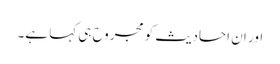
اور ان احادیث کو مجروح ہی کہا ہے۔